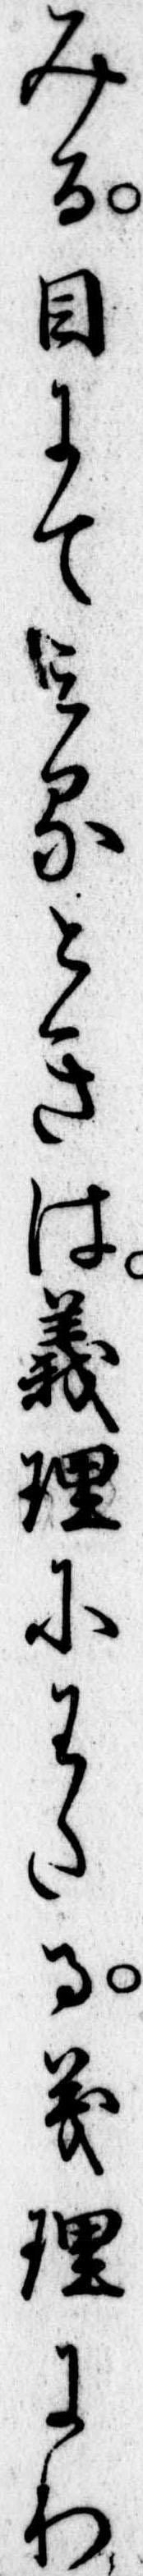
みる目にてみるときは義理にわたる義理にわ